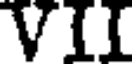
VII